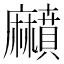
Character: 𪎰